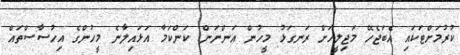
ކުރުމަށްޓަކައި އެބަޖެހޭ މަޖިލީހަށް ރަނގަޅު މީހުން އަންނަން. ކަންކަމާ އަޅައިލާނެ މީހުންގެ އިހުސާސްތައް